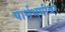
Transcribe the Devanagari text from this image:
पार्श्वभुमीवर